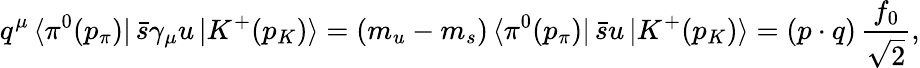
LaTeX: q^{\mu}\, \langle\pi^{0}(p_{\pi})|\, \bar{s}\gamma_{\mu}u\, |K^{+}(p_{K})\rangle=(m_{u}-m_{s})\, \langle\pi^{0}(p_{\pi})|\, \bar{s}u\, |K^{+}(p_{K})\rangle=(p\cdot q)\, \frac{f_{0}}{\sqrt{2}},